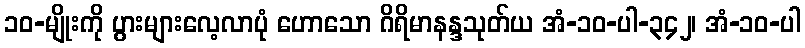
၁၀-မျိုးကို ပွားများလေ့လာပုံ ဟောသော ဂိရိမာနန္ဒသုတ်ယ အံ-၁၀-ပါ-၃၄၂၊ အံ-၁၀-ပါ